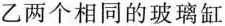
乙两个相同的玻璃缸